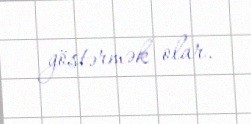
göstərmək olar.